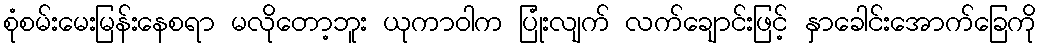
စုံစမ်းမေးမြန်းနေစရာ မလိုတော့ဘူး ယုကာဝါက ပြုံးလျက် လက်ချောင်းဖြင့် နှာခေါင်းအောက်ခြေကို